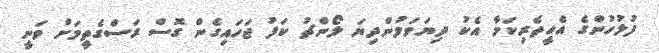
ފުލުހުންގެ އެހީތެރިކަމާ އެކު ދިޔަވަމުންދިޔަ ލޯންޗު ކަފު ޖަހައިގެން ގޮސް ރަސްގެތީމަށް ވަނީ